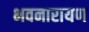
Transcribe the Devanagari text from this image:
भवनारायण